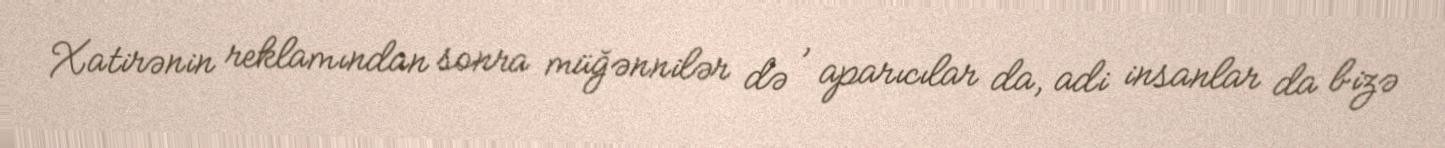
Xatirənin reklamından sonra müğənnilər də , aparıcılar da, adi insanlar da bizə